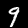
Digit: 9